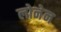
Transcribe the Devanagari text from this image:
लोनेन